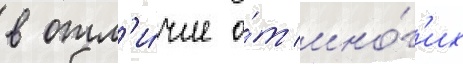
в отл'и́чие о́т мно́г'их